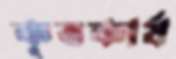
কৃতকার্য